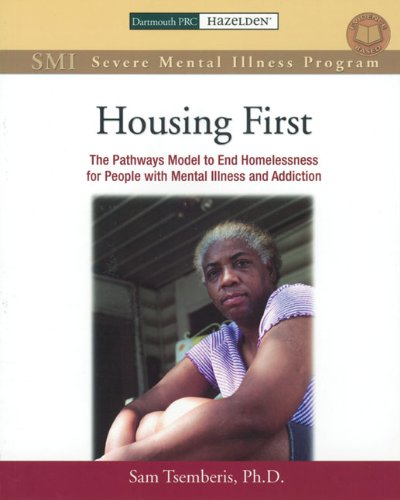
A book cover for Housing First Manual: The Pathways Model to End Homelessness for People with Mental Illness and Addiction; Sam Tsemberis Ph.D.; Reference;